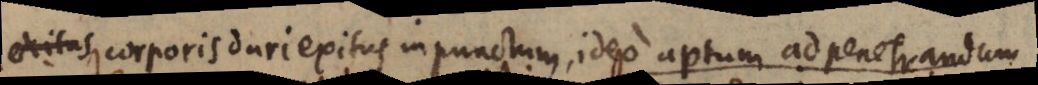
exitas corporis duri exitus in punctum, ideo aptum ad penetrandum